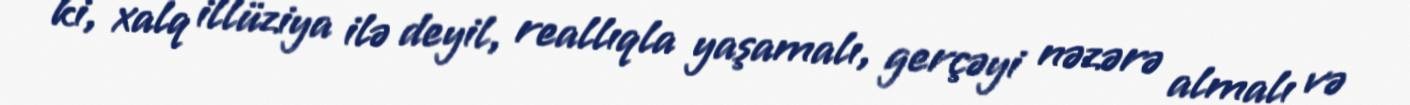
ki, xalq illüziya ilə deyil, reallıqla yaşamalı, gerçəyi nəzərə almalı və